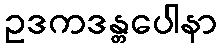
ဥဒကဒန္တပေါနာ